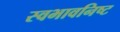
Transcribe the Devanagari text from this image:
स्वभावनिष्ट